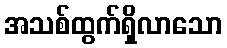
အသစ်ထွက်ရှိလာသော